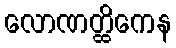
လောဏတ္ထိကေန